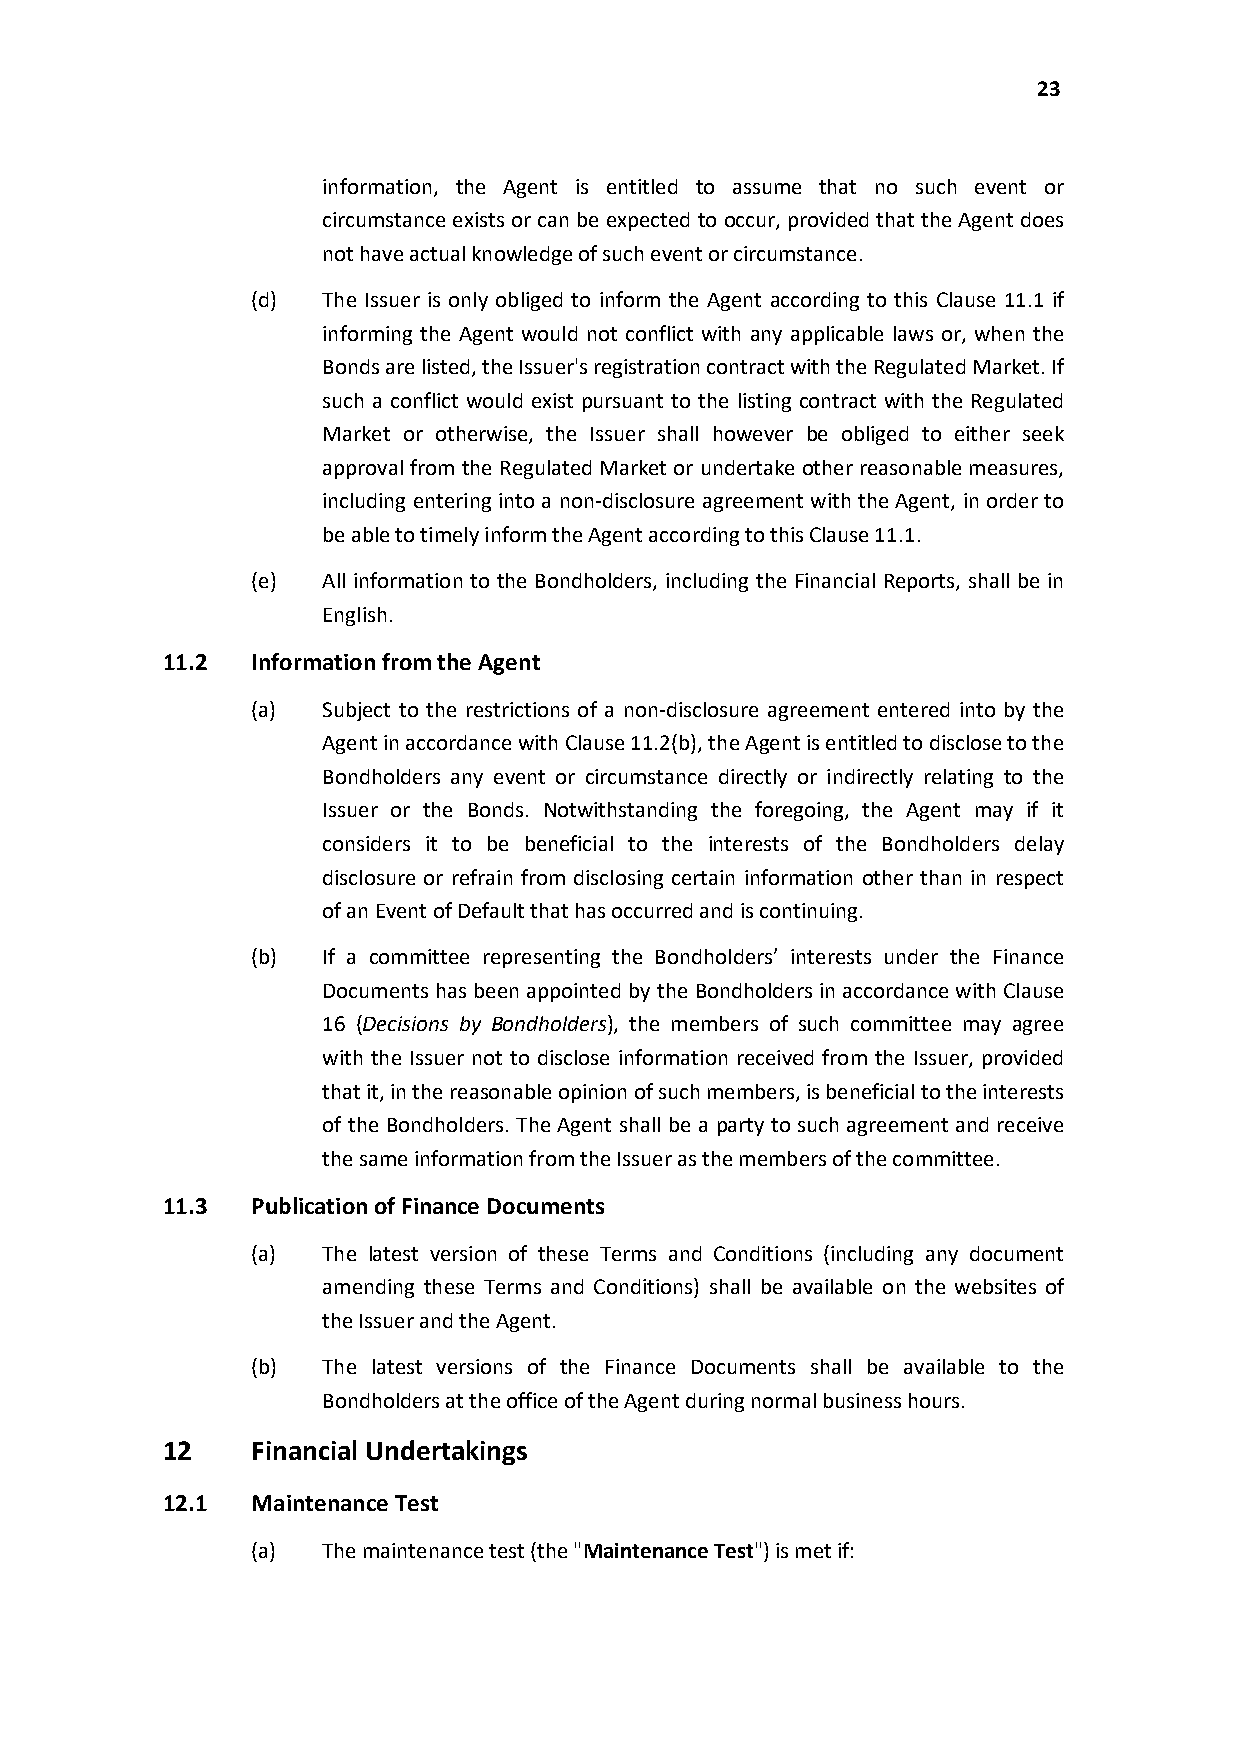
23
 information, the Agent is entitled to assume that no such event or
 circumstance exists or can be expected to occur, provided that the Agent does
 not have actual knowledge of such event or circumstance.
 (d) The Issuer is only obliged to inform the Agent according to this Clause 11.1 if
 informing the Agent would not conflict with any applicable laws or, when the
 Bonds are listed, the Issuer's registration contract with the Regulated Market. If
 such a conflict would exist pursuant to the listing contract with the Regulated
 Market or otherwise, the Issuer shall however be obliged to either seek
 approval from the Regulated Market or undertake other reasonable measures,
 including entering into a non-disclosure agreement with the Agent, in order to
 be able to timely inform the Agent according to this Clause 11.1.
 (e) All information to the Bondholders, including the Financial Reports, shall be in
 English.
 11.2  Information from the Agent
 (a) Subject to the restrictions of a non-disclosure agreement entered into by the
 Agent in accordance with Clause 11.2(b), the Agent is entitled to disclose to the
 Bondholders any event or circumstance directly or indirectly relating to the
 Issuer or the Bonds. Notwithstanding the foregoing, the Agent may if it
 considers it to be beneficial to the interests of the Bondholders delay
 disclosure or refrain from disclosing certain information other than in respect
 of an Event of Default that has occurred and is continuing.
 (b) If a committee representing the Bondholders’ interests under the Finance
 Documents has been appointed by the Bondholders in accordance with Clause
 16 (Decisions by Bondholders), the members of such committee may agree
 with the Issuer not to disclose information received from the Issuer, provided
 that it, in the reasonable opinion of such members, is beneficial to the interests
 of the Bondholders. The Agent shall be a party to such agreement and receive
 the same information from the Issuer as the members of the committee.
 11.3  Publication of Finance Documents
 (a) The latest version of these Terms and Conditions (including any document
 amending these Terms and Conditions) shall be available on the websites of
 the Issuer and the Agent.
 (b) The latest versions of the Finance Documents shall be available to the
 Bondholders at the office of the Agent during normal business hours.
 12    Financial Undertakings
 12.1  Maintenance Test
 (a) The maintenance test (the "Maintenance Test") is met if: